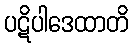
ပဋိပါဒေထာတိ